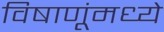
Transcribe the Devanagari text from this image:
विषाणूंमध्ये